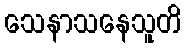
သေနာသနေသူတိ